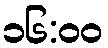
၁၆:၀၀